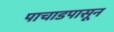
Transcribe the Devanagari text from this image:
पाचाडपासून